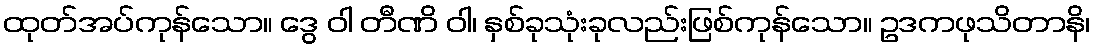
ထုတ်အပ်ကုန်သော။ ဒွေ ဝါ တီဏိ ဝါ၊ နှစ်ခုသုံးခုလည်းဖြစ်ကုန်သော။ ဥဒကဖုသိတာနိ၊